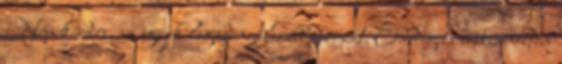
Nem kérdés, az egyik legzseniálisabb sorozat. Eddig is visszanéztem